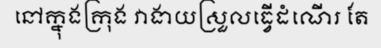
នៅក្នុងក្រុង វាងាយស្រួលធ្វើដំណើរ តែ